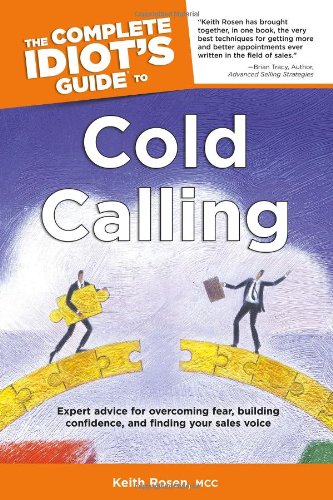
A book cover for The Complete Idiot's Guide to Cold Calling (Idiot's Guides); Keith Rosen; Business & Money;